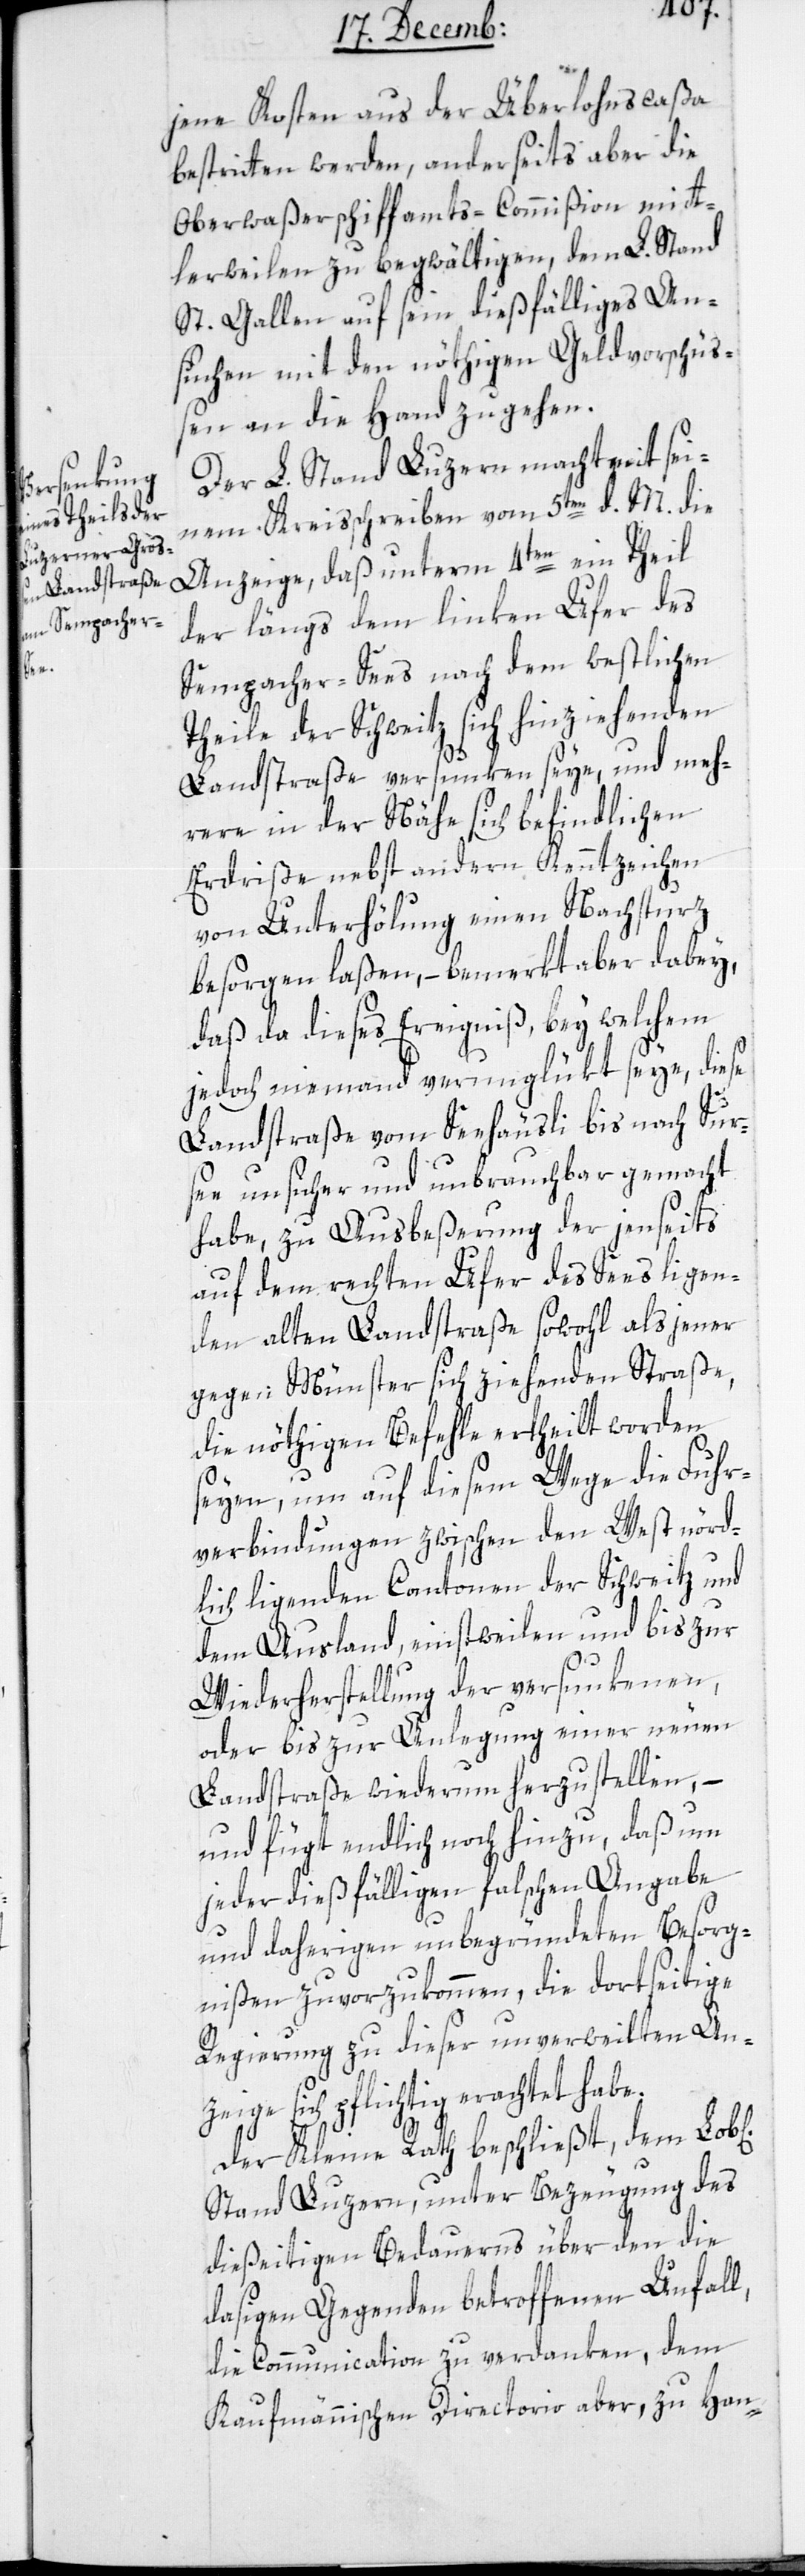
ichen]

jene Kosten aus der Überlohnscaßa
bestritten werden, anderseits aber die
Oberwaßerschiffamts-Commißion mitt¬
lerweilen zu begwältigen, dem L. Stand
St. Gallen auf seyn dießfälliges An¬
suchen mit den nöthigen Geldvorschüß¬
en an die Hand zu gehen.
Der L. Stand Luzern macht mit sei¬
nem Kreisschreiben vom 5ten d. M. die
Anzeige, daß unterm 4ten ein Theil
der längs dem linken Ufer des
Sempacher-Sees nach dem westlichen
Theile der Schweitz sich hinziehenden
Landstraße versunken seye, und meh¬
rere in der Nähe sich befindlichen
Erdriße nebst andern Kenntzeichen
von Unterhöhlung einen Nachsturz
besorgen laßen, – bemerkt aber dabey,
daß da dieses Ereigniß, bey welchem
jedoch niemand verunglükt seye, diese
Landstraße vom Seehausli bis nach Sur¬
see unsicher und unbrauchbar gemacht
habe, zu Ausbeßerung der jenseits
auf dem rechten Ufer des Sees liegen¬
den alten Landstraße sowohl als jener
gegen Münster sich ziehenden Straße,
die nöthigen Befehle ertheilt worden
seyen, um auf diesem Wege die Fuhr¬
verbindungen zwischen den West nörd¬
lich liegenden Cantonen der Schweitz und
dem Ausland, einstweilen und bis zur
Wiederherstellung der versunkenen,
oder bis zur Anlegung einer neuen
Landstraße wiederum herzustellen, –
und fügt endlich noch hinzu, daß um
jeder dießfälligen falschen Angabe
und daherigen unbegründeten Besorg¬
nißen zuvorzukommen, die dortseitige
Regierung zu dieser unverweilten An¬
zeige sich pflichtig erachtet habe.
Der Kleine Rath beschließt, dem Lob[l¬
Stand Luzern, unter Bezeugung des
dießeitigen Bedauerns über den die
dasigen Gegenden betroffenen Unfall,
die Communication zu verdanken, dem
Kaufmännischen Directorio aber, zu Han-